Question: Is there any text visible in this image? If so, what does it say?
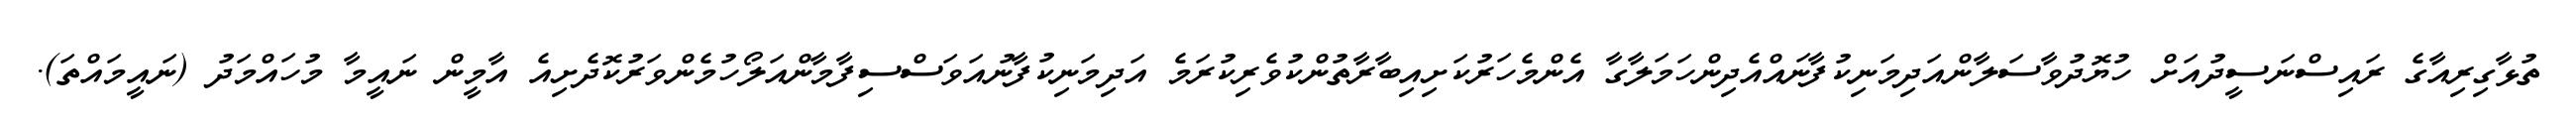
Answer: ތުޅާގިރިއާގެ ރައިސްނަސީދުއަށް ހުޔޮދުވާސަލާންއަދިމަނިކުފާނައްއެދިންހަމަލާގާ އެންމެހަރުކަށިއިބާރާތުންކުވެރިކުރަމެ އަދިމަނިކުފާނުއަވަސްސިފާމާންއަލޯހުމެންވަރުކޮދެށިއެ އާމީން ނައީމާ މުހައްމަދު (ނައީމައްތަ).